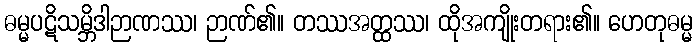
ဓမ္မပဋိသမ္ဘိဒါဉာဏဿ၊ ဉာဏ်၏။ တဿအတ္ထဿ၊ ထိုအကျိုးတရား၏။ ဟေတုဓမ္မ